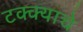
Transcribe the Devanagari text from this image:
टक्क्याचे